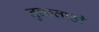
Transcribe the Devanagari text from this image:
तुच्छताही